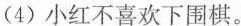
(4)小红不喜欢下围棋。